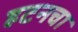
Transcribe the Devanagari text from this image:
हटनचा